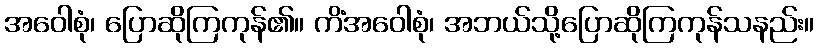
အဝေါစုံ၊ ပြောဆိုကြကုန်၏။ ကိံအဝေါစုံ၊ အဘယ်သို့ပြောဆိုကြကုန်သနည်း။